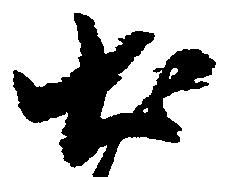
出